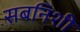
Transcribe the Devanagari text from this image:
सबनिशी